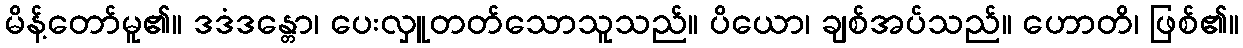
မိန့်တော်မူ၏။ ဒဒံဒန္တော၊ ပေးလှူတတ်သောသူသည်။ ပိယော၊ ချစ်အပ်သည်။ ဟောတိ၊ ဖြစ်၏။